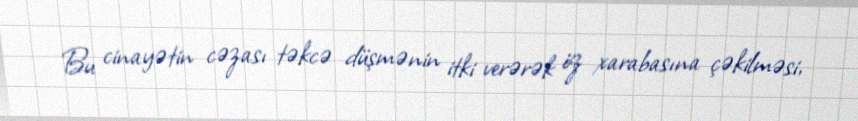
Bu cinayətin cəzası təkcə düşmənin itki verərək öz xarabasına çəkilməsi,